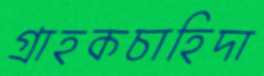
গ্রাহকচাহিদা